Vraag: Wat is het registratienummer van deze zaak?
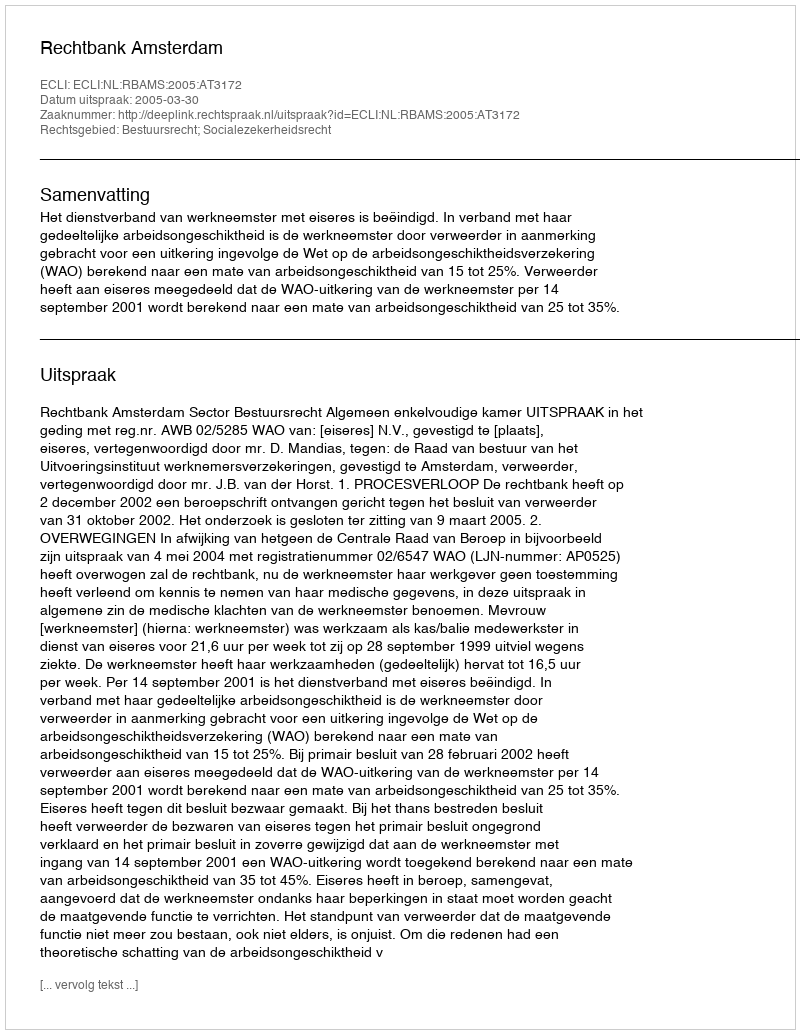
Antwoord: http://deeplink.rechtspraak.nl/uitspraak?id=ECLI:NL:RBAMS:2005:AT3172